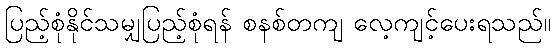
ပြည့်စုံနိုင်သမျှပြည့်စုံရန် စနစ်တကျ လေ့ကျင့်ပေးရသည်။